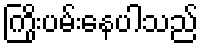
ကြိုးပမ်းနေပါသည်